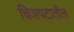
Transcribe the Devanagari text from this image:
चिञपटातील